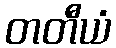
တတီယံ